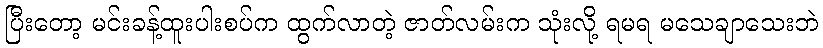
ပြီးတော့ မင်းခန့်ထူးပါးစပ်က ထွက်လာတဲ့ ဇာတ်လမ်းက သုံးလို့ ရမရ မသေချာသေးဘဲ